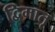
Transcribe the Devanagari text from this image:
द्विमातृ